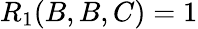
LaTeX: R_{1}(B,B,C)=1